Source: Handwritten
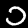
Digit: ၁ (1)